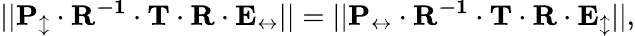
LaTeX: ||\mathbf{P_{\updownarrow}\cdot R^{-1}\cdot T\cdot R\cdot E_{\leftrightarrow}}||=||\mathbf{P_{\leftrightarrow}\cdot R^{-1}\cdot T\cdot R\cdot E_{\updownarrow}}||,